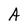
Character: A